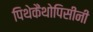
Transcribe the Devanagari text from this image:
पिथेकैंथोपिसीनी